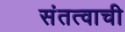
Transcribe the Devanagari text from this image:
संतत्वाची